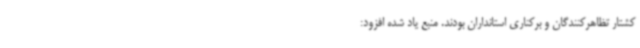
کشتار تظاهرکنندگان و برکناری استانداران بودند. منبع یاد شده افزود: